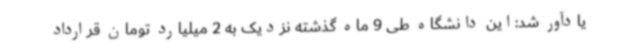
یادآور شد:این دانشگاه طی 9 ماه گذشته نزدیک به 2 میلیارد تومان قرارداد